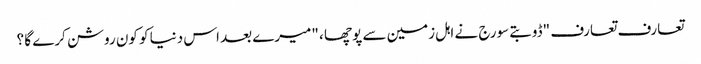
تعارف تعارف "ڈوبتے سورج نے اہل زمین سے پوچھا ، "میرے بعد اس دنیا کو کون روشن کرے گا ؟